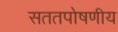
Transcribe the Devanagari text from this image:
सततपोषणीय